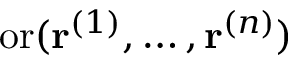
\operatorname { o r } ( \mathbf { r } ^ { ( 1 ) } , \dots , \mathbf { r } ^ { ( n ) } )